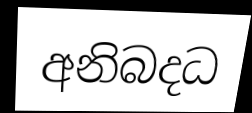
අනිබදධ